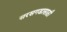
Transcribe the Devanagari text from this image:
सरसगडासाठी